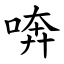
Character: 喯